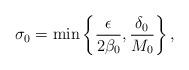
LaTeX: \begin{align*}\sigma_0=\min\left\{\frac{\epsilon}{2\beta_0},\frac{\delta_0}{M_0}\right\},\end{align*}